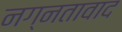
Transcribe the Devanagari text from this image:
नग्नतावाद